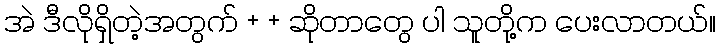
အဲ ဒီလိုရှိတဲ့အတွက် + + ဆိုတာတွေ ပါ သူတို့က ပေးလာတယ်။